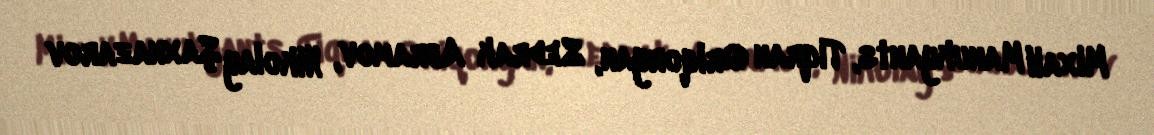
Mixail Manukyants, Tiqran Qriqoryan, Sedrak Abramov, Nikolay Şaxnazarov